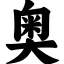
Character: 奥